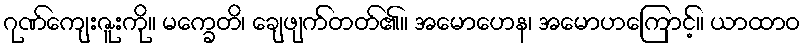
ဂုဏ်ကျေးဇူးကို။ မက္ခေတိ၊ ချေဖျက်တတ်၏။ အမောဟေန၊ အမောဟကြောင့်။ ယာထာဝ